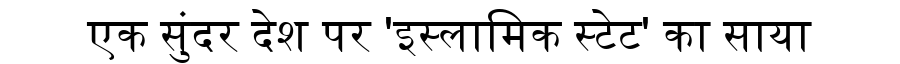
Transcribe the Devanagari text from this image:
एक सुंदर देश पर 'इस्लामिक स्टेट' का साया